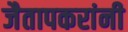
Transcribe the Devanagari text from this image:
जैतापकरांनी